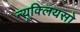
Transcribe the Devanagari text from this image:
न्यूक्लियसो